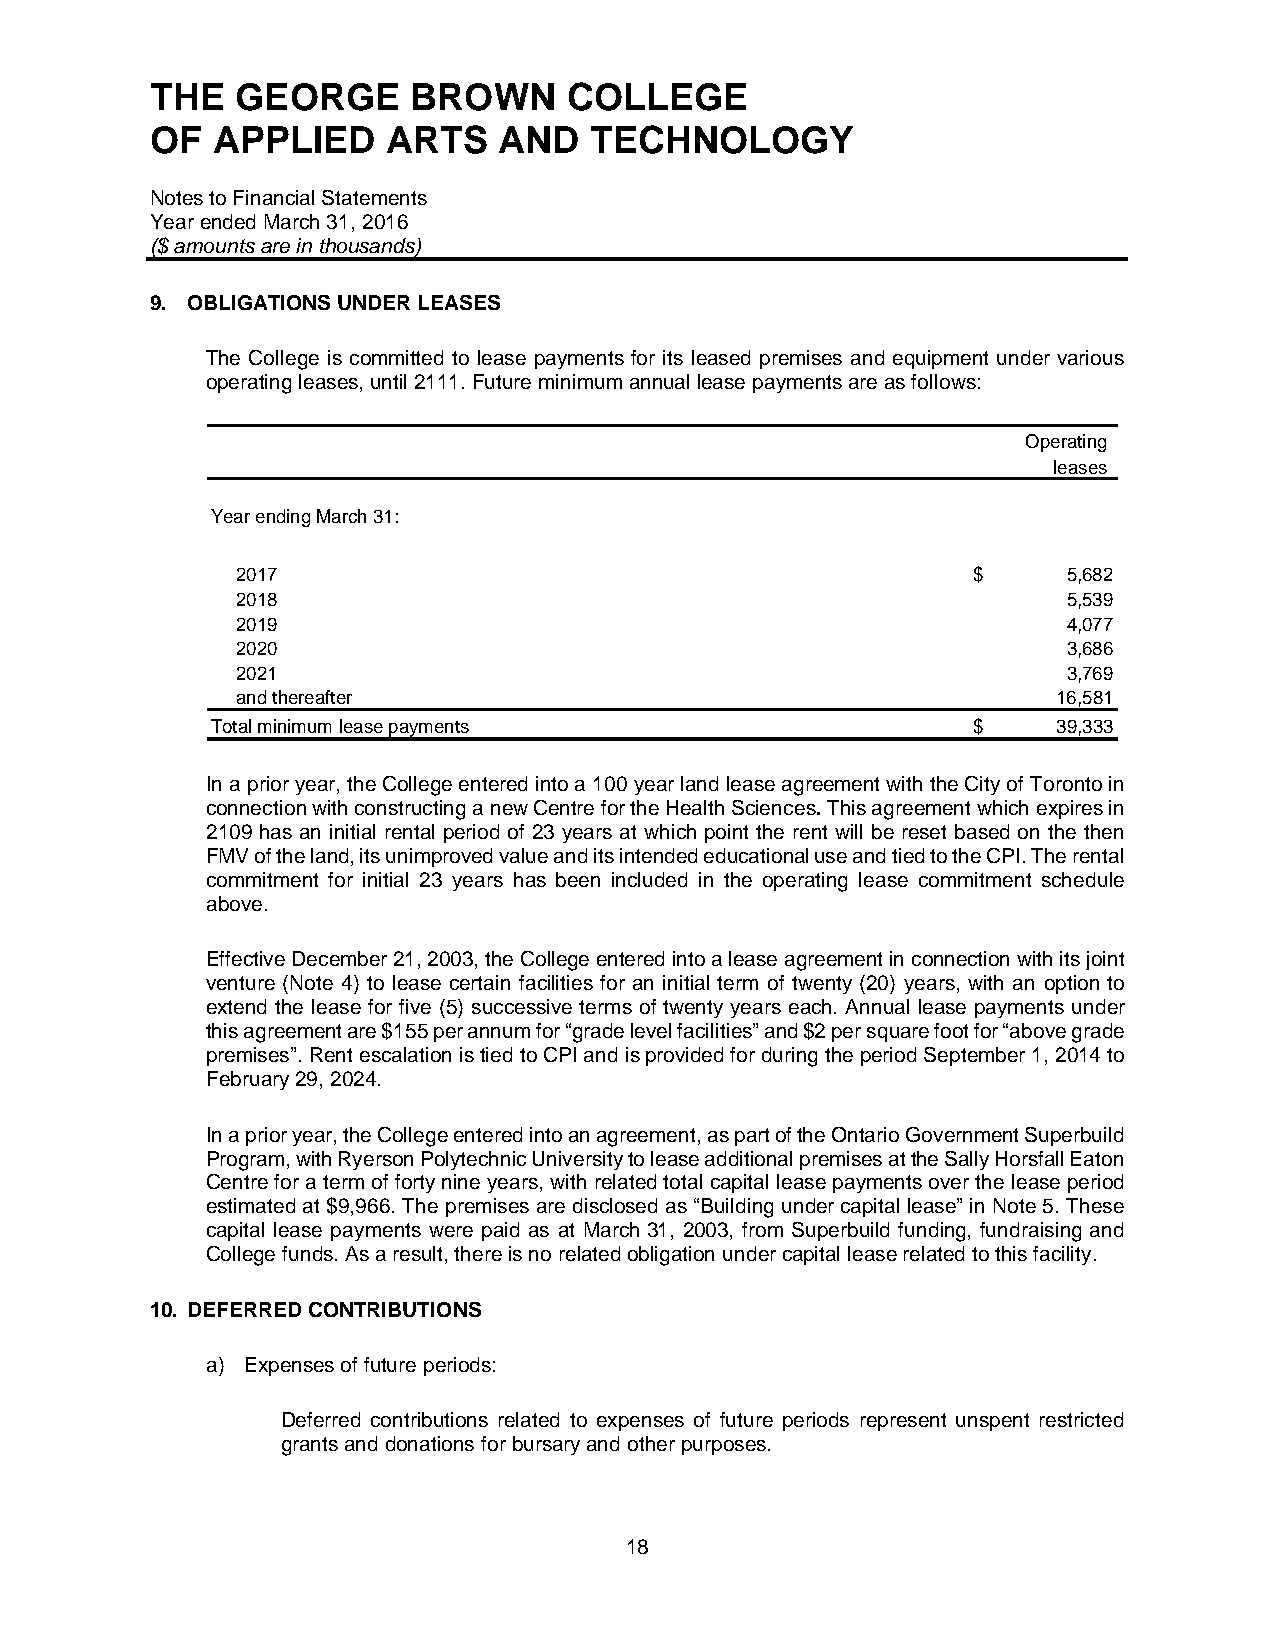
THE   GEORGE     BROWN      COLLEGE
 OF  APPLIED     ARTS   AND   TECHNOLOGY
 Notes to Financial Statements
 Year ended March 31, 2016
 ($ amounts are in thousands)
 9. OBLIGATIONS UNDER LEASES
 The College is committed to lease payments for its leased premises and equipment under various
 operating leases, until 2111. Future minimum annual lease payments are as follows:
 Operating
 leases
 Year ending March 31:
 2017                                            $      5,682
 2018                                                   5,539
 2019                                                   4,077
 2020                                                   3,686
 2021                                                   3,769
 and thereafter                                        16,581
 Total minimum lease payments                      $     39,333
 In a prior year, the College entered into a 100 year land lease agreement with the City of Toronto in
 connection with constructing a new Centre for the Health Sciences. This agreement which expires in
 2109 has an initial rental period of 23 years at which point the rent will be reset based on the then
 FMV of the land, its unimproved value and its intended educational use and tied to the CPI. The rental
 commitment for initial 23 years has been included in the operating lease commitment schedule
 above.
 Effective December 21, 2003, the College entered into a lease agreement in connection with its joint
 venture (Note 4) to lease certain facilities for an initial term of twenty (20) years, with an option to
 extend the lease for five (5) successive terms of twenty years each. Annual lease payments under
 this agreement are $155 per annum for “grade level facilities” and $2 per square foot for “above grade
 premises”. Rent escalation is tied to CPI and is provided for during the period September 1, 2014 to
 February 29, 2024.
 In a prior year, the College entered into an agreement, as part of the Ontario Government Superbuild
 Program, with Ryerson Polytechnic University to lease additional premises at the Sally Horsfall Eaton
 Centre for a term of forty nine years, with related total capital lease payments over the lease period
 estimated at $9,966. The premises are disclosed as “Building under capital lease” in Note 5. These
 capital lease payments were paid as at March 31, 2003, from Superbuild funding, fundraising and
 College funds. As a result, there is no related obligation under capital lease related to this facility.
 10. DEFERRED CONTRIBUTIONS
 a) Expenses of future periods:
 Deferred contributions related to expenses of future periods represent unspent restricted
 grants and donations for bursary and other purposes.
 18